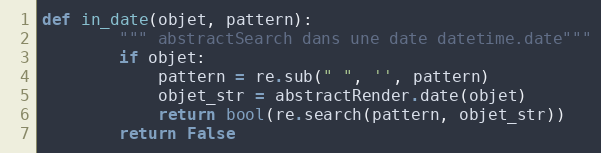
Language: Python
def in_date(objet, pattern):
        """ abstractSearch dans une date datetime.date"""
        if objet:
            pattern = re.sub(" ", '', pattern)
            objet_str = abstractRender.date(objet)
            return bool(re.search(pattern, objet_str))
        return False